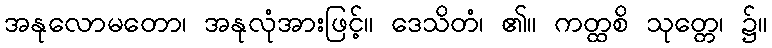
အနုလောမတော၊ အနုလုံအားဖြင့်။ ဒေသိတံ၊ ၏။ ကတ္ထစိ သုတ္တေ၊ ၌။